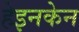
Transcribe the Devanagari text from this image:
हेइनकेन